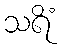
သရိံ